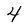
Character: 4